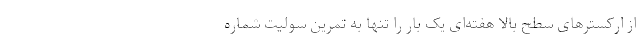
از ارکسترهای سطح بالا هفته‌ای یک بار را تنها به تمرین سولیت شماره